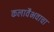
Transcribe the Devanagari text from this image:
कलावैभवाचा